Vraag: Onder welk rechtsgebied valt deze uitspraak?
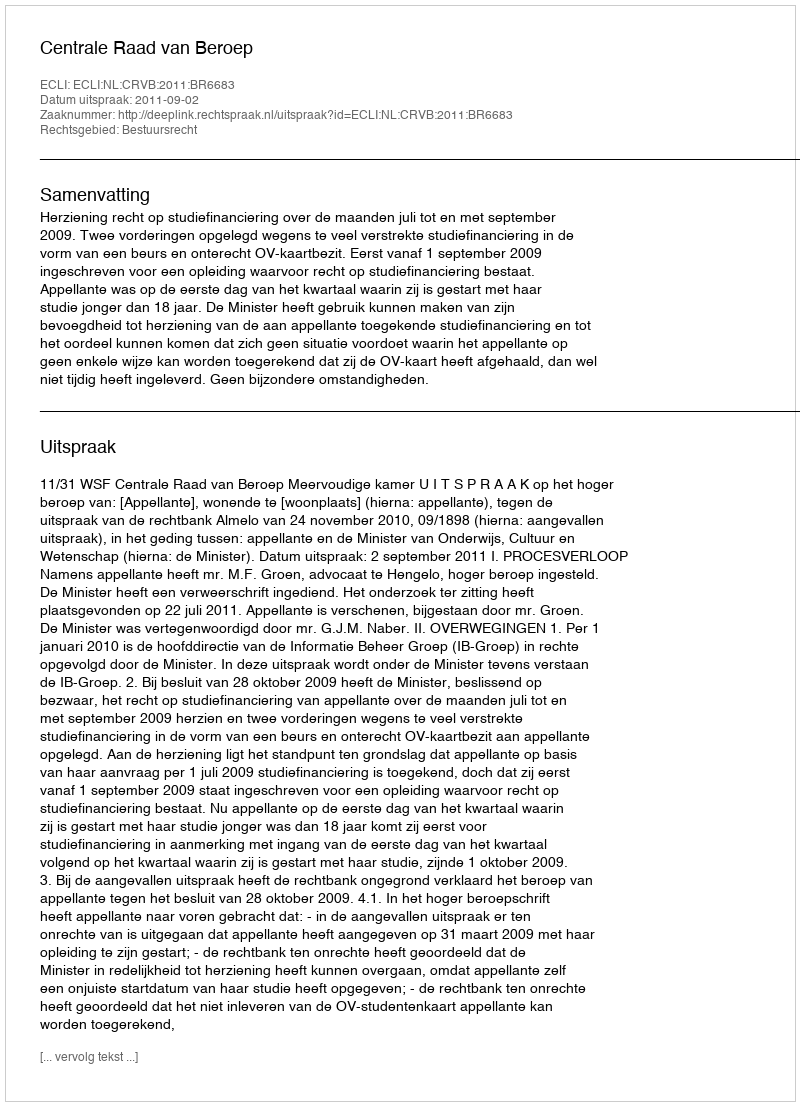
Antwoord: Bestuursrecht